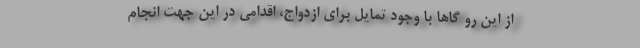
از این رو گاها با وجود تمایل برای ازدواج، اقدامی در این جهت انجام